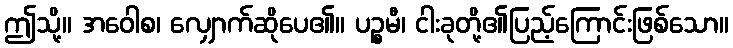
ဤသို့။ အဝေါစ၊ လျှောက်ဆိုပေ၏။ ပဉ္စမီ၊ ငါးခုတို့၏ပြည့်ကြောင်းဖြစ်သော။